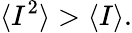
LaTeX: \langle I^{2}\rangle>\langle I\rangle.